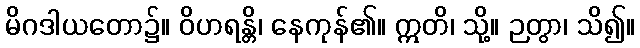
မိဂဒါယတော၌။ ဝိဟရန္တိ၊ နေကုန်၏။ ဣတိ၊ သို့။ ဉတွာ၊ သိ၍။